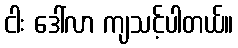
ငါး ဒေါ်လာ ကျသင့်ပါတယ်။